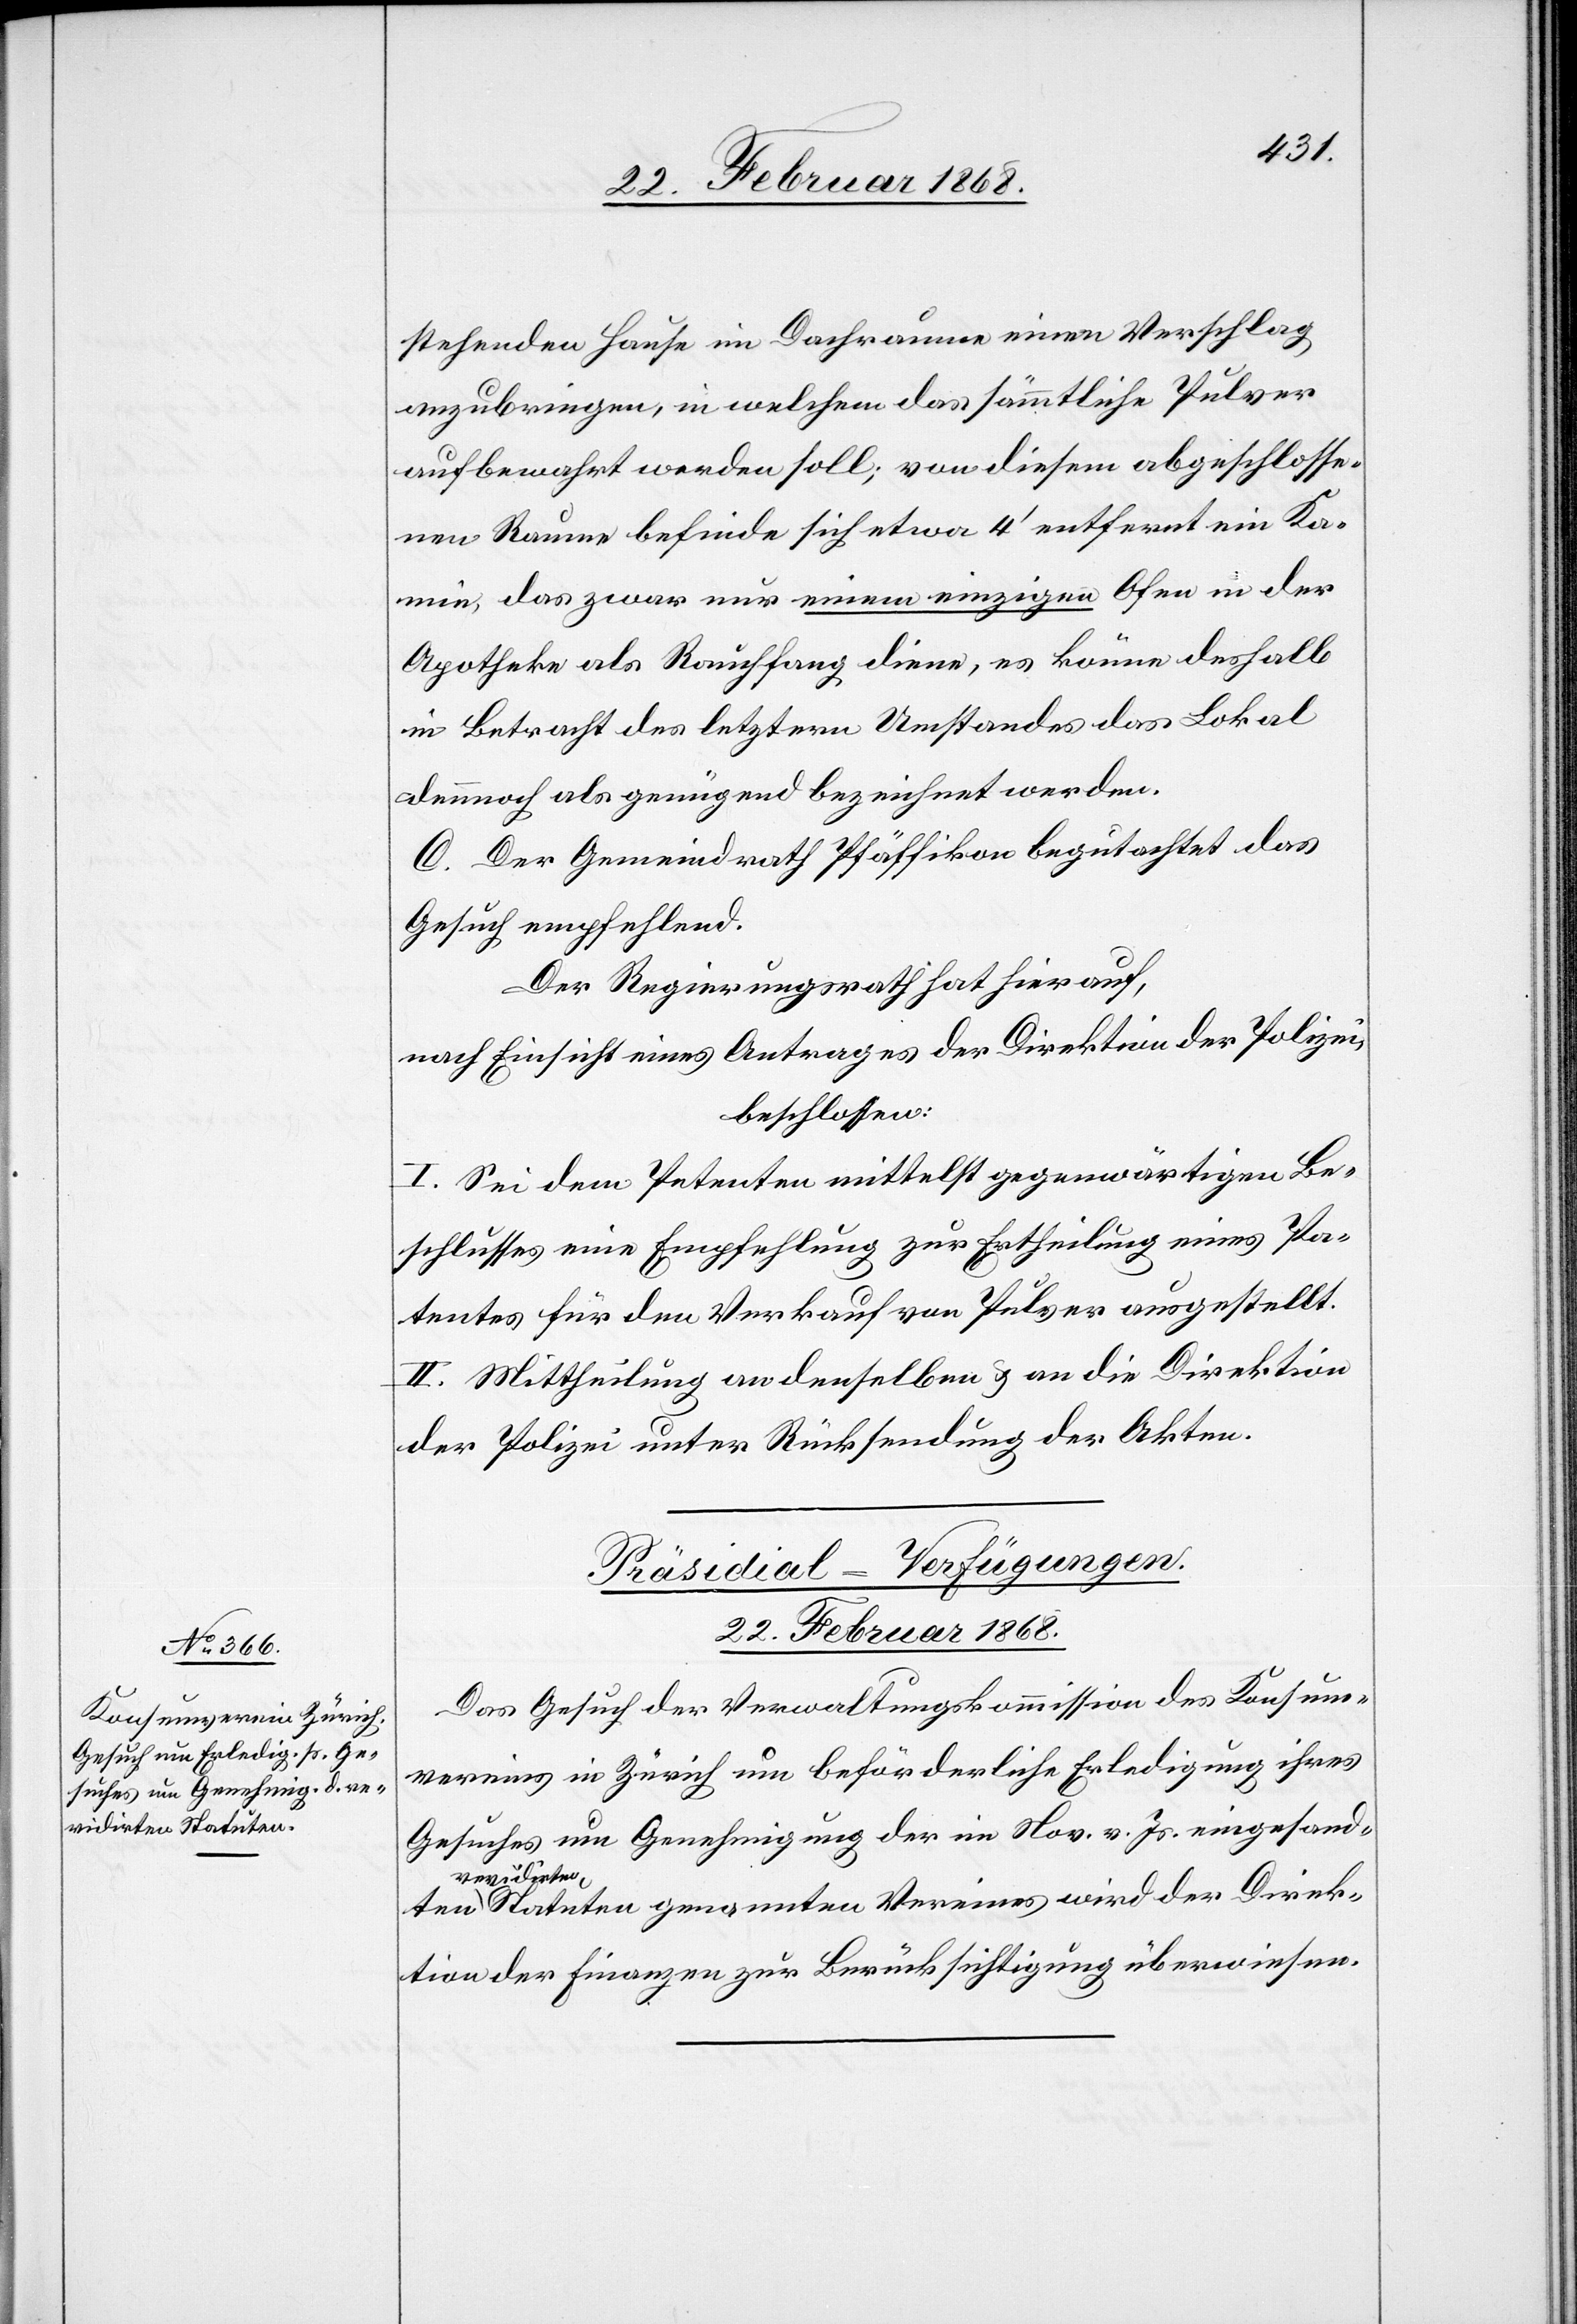
22. Februar 1868.
stehenden Hause im Dachraume einen Verschlag
anzubringen, in welchem das sämmtliche Pulver
aufbewahrt werden soll; von diesem abgeschlosse¬
nen Raume befinde sich etwa 4‘ entfernt ein Ka¬
min, das zwar nur einem einzigen Ofen in der
Apotheke als Rauchfang diene, es könne deshalb
in Betracht des letztern Umstandes das Lokal
C. Der Gemeindrath Pfäffikon begutachtet das
Gesuch empfehlend.
Der Regierungsrath hat hierauf,
nach Einsicht eines Antrages der Direktion der Polizei,
beschlossen:
I. Sei dem Petenten mittelst gegenwärtigen Be¬
schlusses eine Empfehlung zur Ertheilung eines Pa¬
tentes für den Verkauf von Pulver ausgestellt.
II. Mittheilung an denselben & an die Direktion
der Polizei unter Rücksendung der Akten.
Präsidial-Verfügungen.
Das Gesuch der Verwaltungskommission des Konsum¬
vereins in Zürich um beförderliche Erledigung ihres
Gesuches um Genehmigung der im Nov. v. Js. eingesandten
revidirt¬
en Statuten genannten Vereines wird der Direk¬
tion der Finanzen zur Berücksichtigung überwiesen.